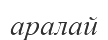
аралай